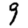
Digit: 9